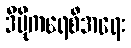
ဒီမိုကရေစီအရေး